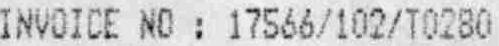
INVOICE NO : 17566/102/T0280